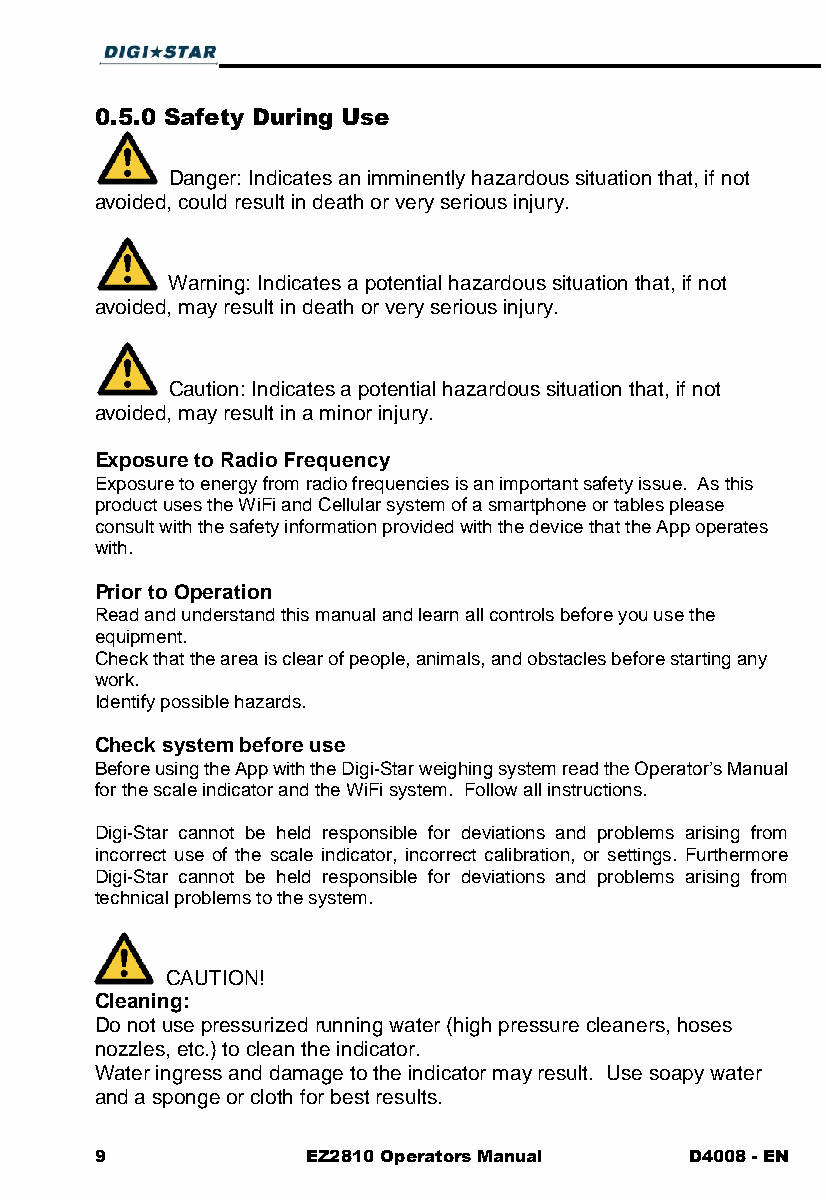
0.5.0 Safety During Use
 Danger: Indicates an imminently hazardous situation that, if not
 avoided, could result in death or very serious injury.
 Warning: Indicates a potential hazardous situation that, if not
 avoided, may result in death or very serious injury.
 Caution: Indicates a potential hazardous situation that, if not
 avoided, may result in a minor injury.
 Exposure to Radio Frequency
 Exposure to energy from radio frequencies is an important safety issue. As this
 product uses the WiFi and Cellular system of a smartphone or tables please
 consult with the safety information provided with the device that the App operates
 with.
 Prior to Operation
 Read and understand this manual and learn all controls before you use the
 equipment.
 Check that the area is clear of people, animals, and obstacles before starting any
 work.
 Identify possible hazards.
 Check system before use
 Before using the App with the Digi-Star weighing system read the Operator’s Manual
 for the scale indicator and the WiFi system. Follow all instructions.
 Digi-Star cannot be held responsible for deviations and problems arising from
 incorrect use of the scale indicator, incorrect calibration, or settings. Furthermore
 Digi-Star cannot be held responsible for deviations and problems arising from
 technical problems to the system.
 CAUTION!
 Cleaning:
 Do not use pressurized running water (high pressure cleaners, hoses
 nozzles, etc.) to clean the indicator.
 Water ingress and damage to the indicator may result. Use soapy water
 and a sponge or cloth for best results.
 9             EZ2810 Operators Manual   D4008 - EN